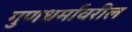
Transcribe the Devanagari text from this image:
गुणधर्मावरील